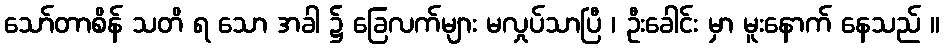
သော်တာစိန် သတိ ရ သော အခါ ၌ ခြေလက်များ မလှုပ်သာပြီ ၊ ဦးခေါင်း မှာ မူးနောက် နေသည် ။